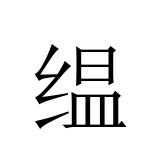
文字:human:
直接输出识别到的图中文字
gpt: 缊